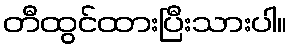
တီထွင်ထားပြီးသားပါ။